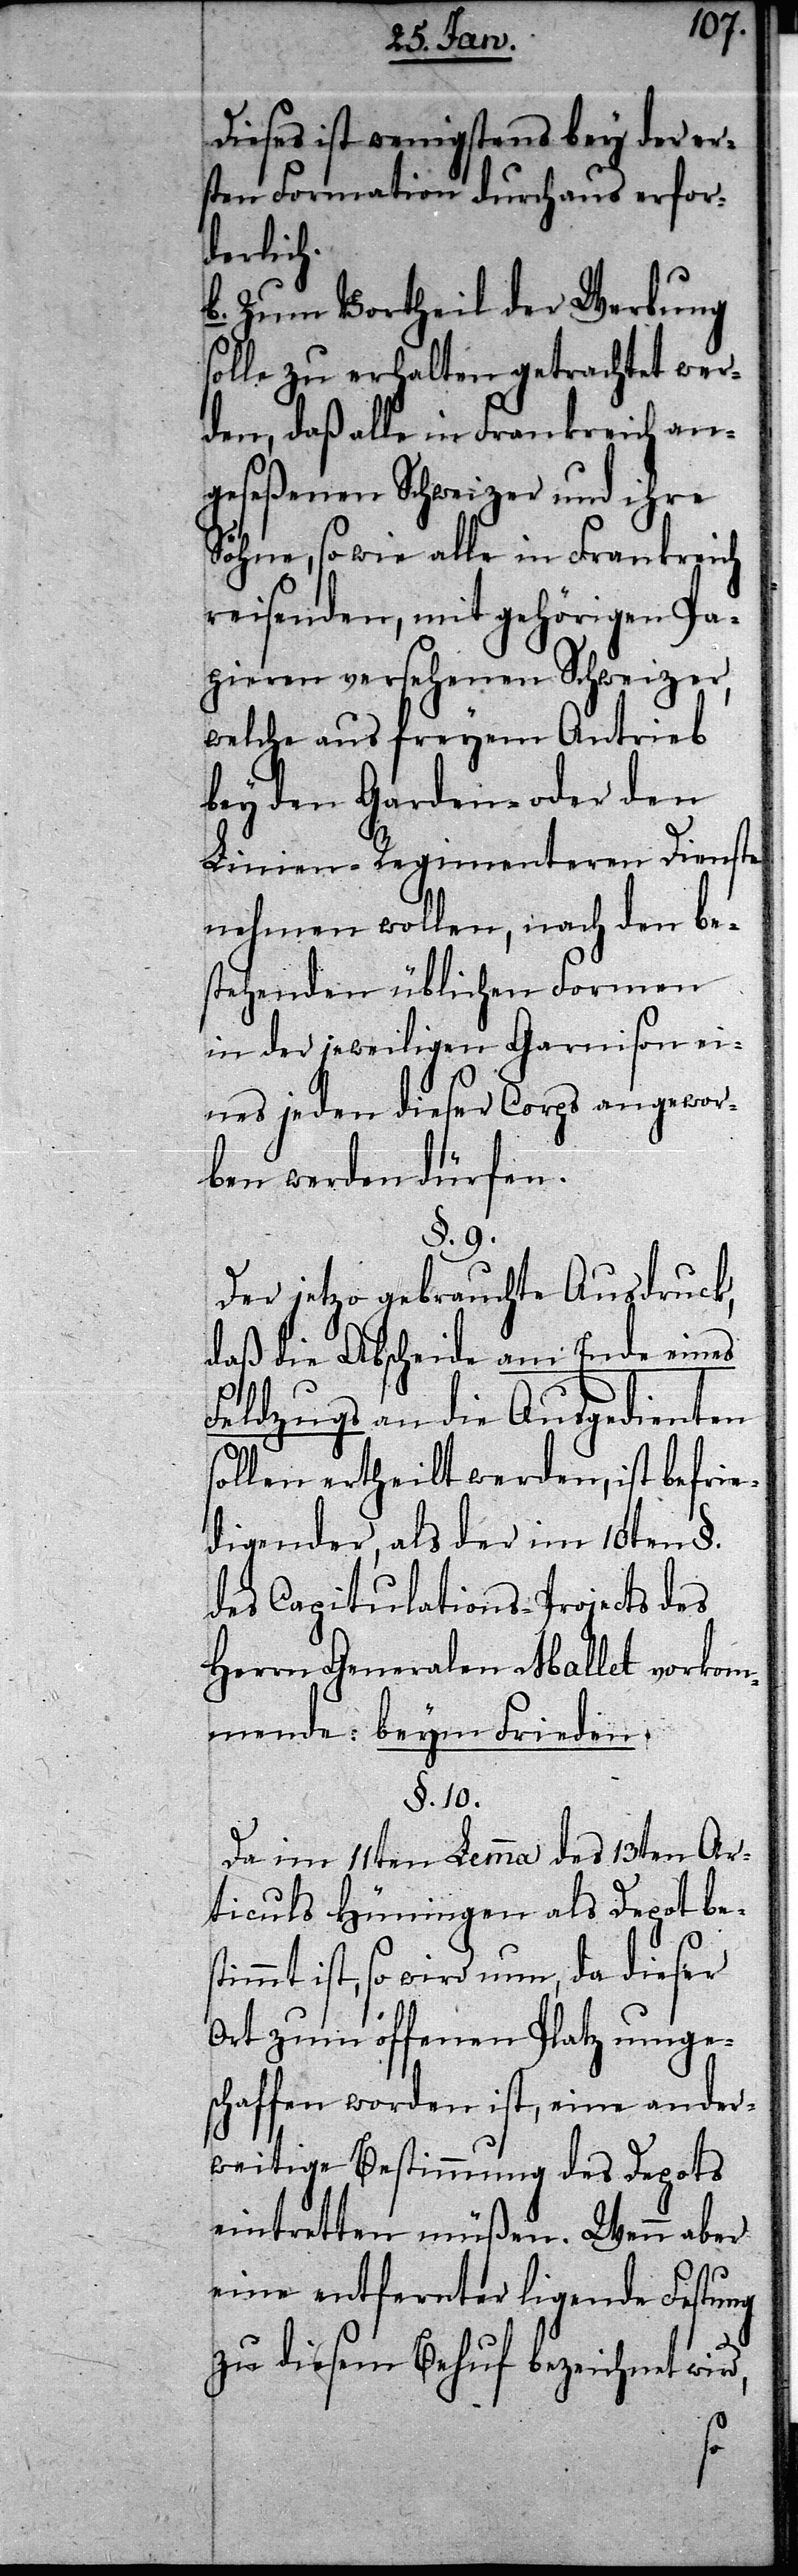
d,
Dieses ist wenigsten bey der er¬
sten Formation durchaus erfor¬
derlich.
b. Zum Vortheil der Werbung
solle zu erhalten getrachtet wer¬
den, daß alle in Frankreich an¬
geseßenen Schweizer und ihre
Söhne, sowie alle in Frankreich
reisenden, mit gehörigen Pa¬
pieren versehenen Schweizer,
welche aus freyem Antrieb
bey den Garden- oder den
Linien-Regimenteren Dienste
nehmen wollen, nach den be¬
stehenden üblichen Formen
in der jeweiligen Garnison ei¬
nes jeden dieser Corps angewor¬
ben werden dürfen.
§. 9.
Der jetzo gebrauchte Ausdruck,
daß die Abscheide am Ende eines
Feldzugs an die Ausgedienten
ollen ertheilt werden, ist befrie¬
digender, als der im 10ten §.
des Capitulations-Projects des
Herrn Generalen Mallet vorkom¬
mende: beym Frieden.
§. 10.
Da im 11ten Lemma des 13ten Ar¬
ticuls Hüningen als Depot bes¬
timmt ist, so wird nun, da dieser
Ort zum offenen Platz umge¬
schaffen worden ist, eine ander¬
weitige Bestimmung des Depots
eintretten müßen. Wenn aber
eine entfernter ligende Festung
zu diesem Behuf bezeichnet wir¬